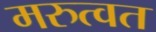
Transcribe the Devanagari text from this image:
मरुत्वत